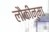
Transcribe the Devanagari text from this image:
लौकीनुमा